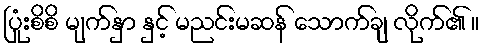
ပြုံးစိစိ မျက်နှာ နှင့် မညင်းမဆန် သောက်ချ လိုက်၏ ။